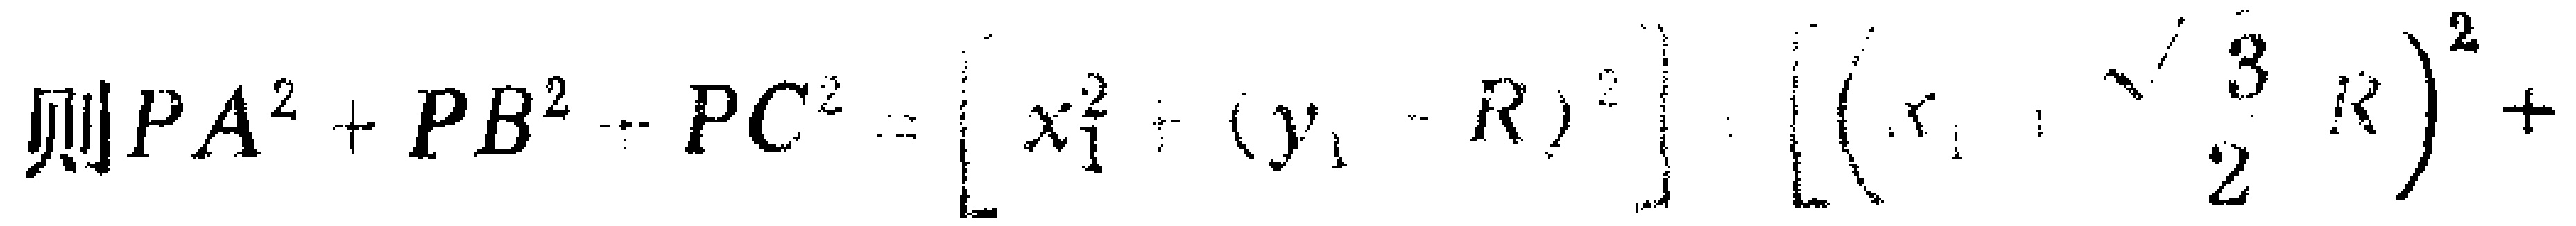
则\(PA^{2}+PB^{2}+PC^{2}=[x_{1}^{2}+(y_{1}-R)^{2}]+[(x_{1}-\frac{\sqrt{3}}{2}R)^{2}+\)